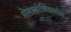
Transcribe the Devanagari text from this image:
मेलानोक्सिलोन